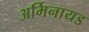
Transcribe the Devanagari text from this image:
अर्मिनायड